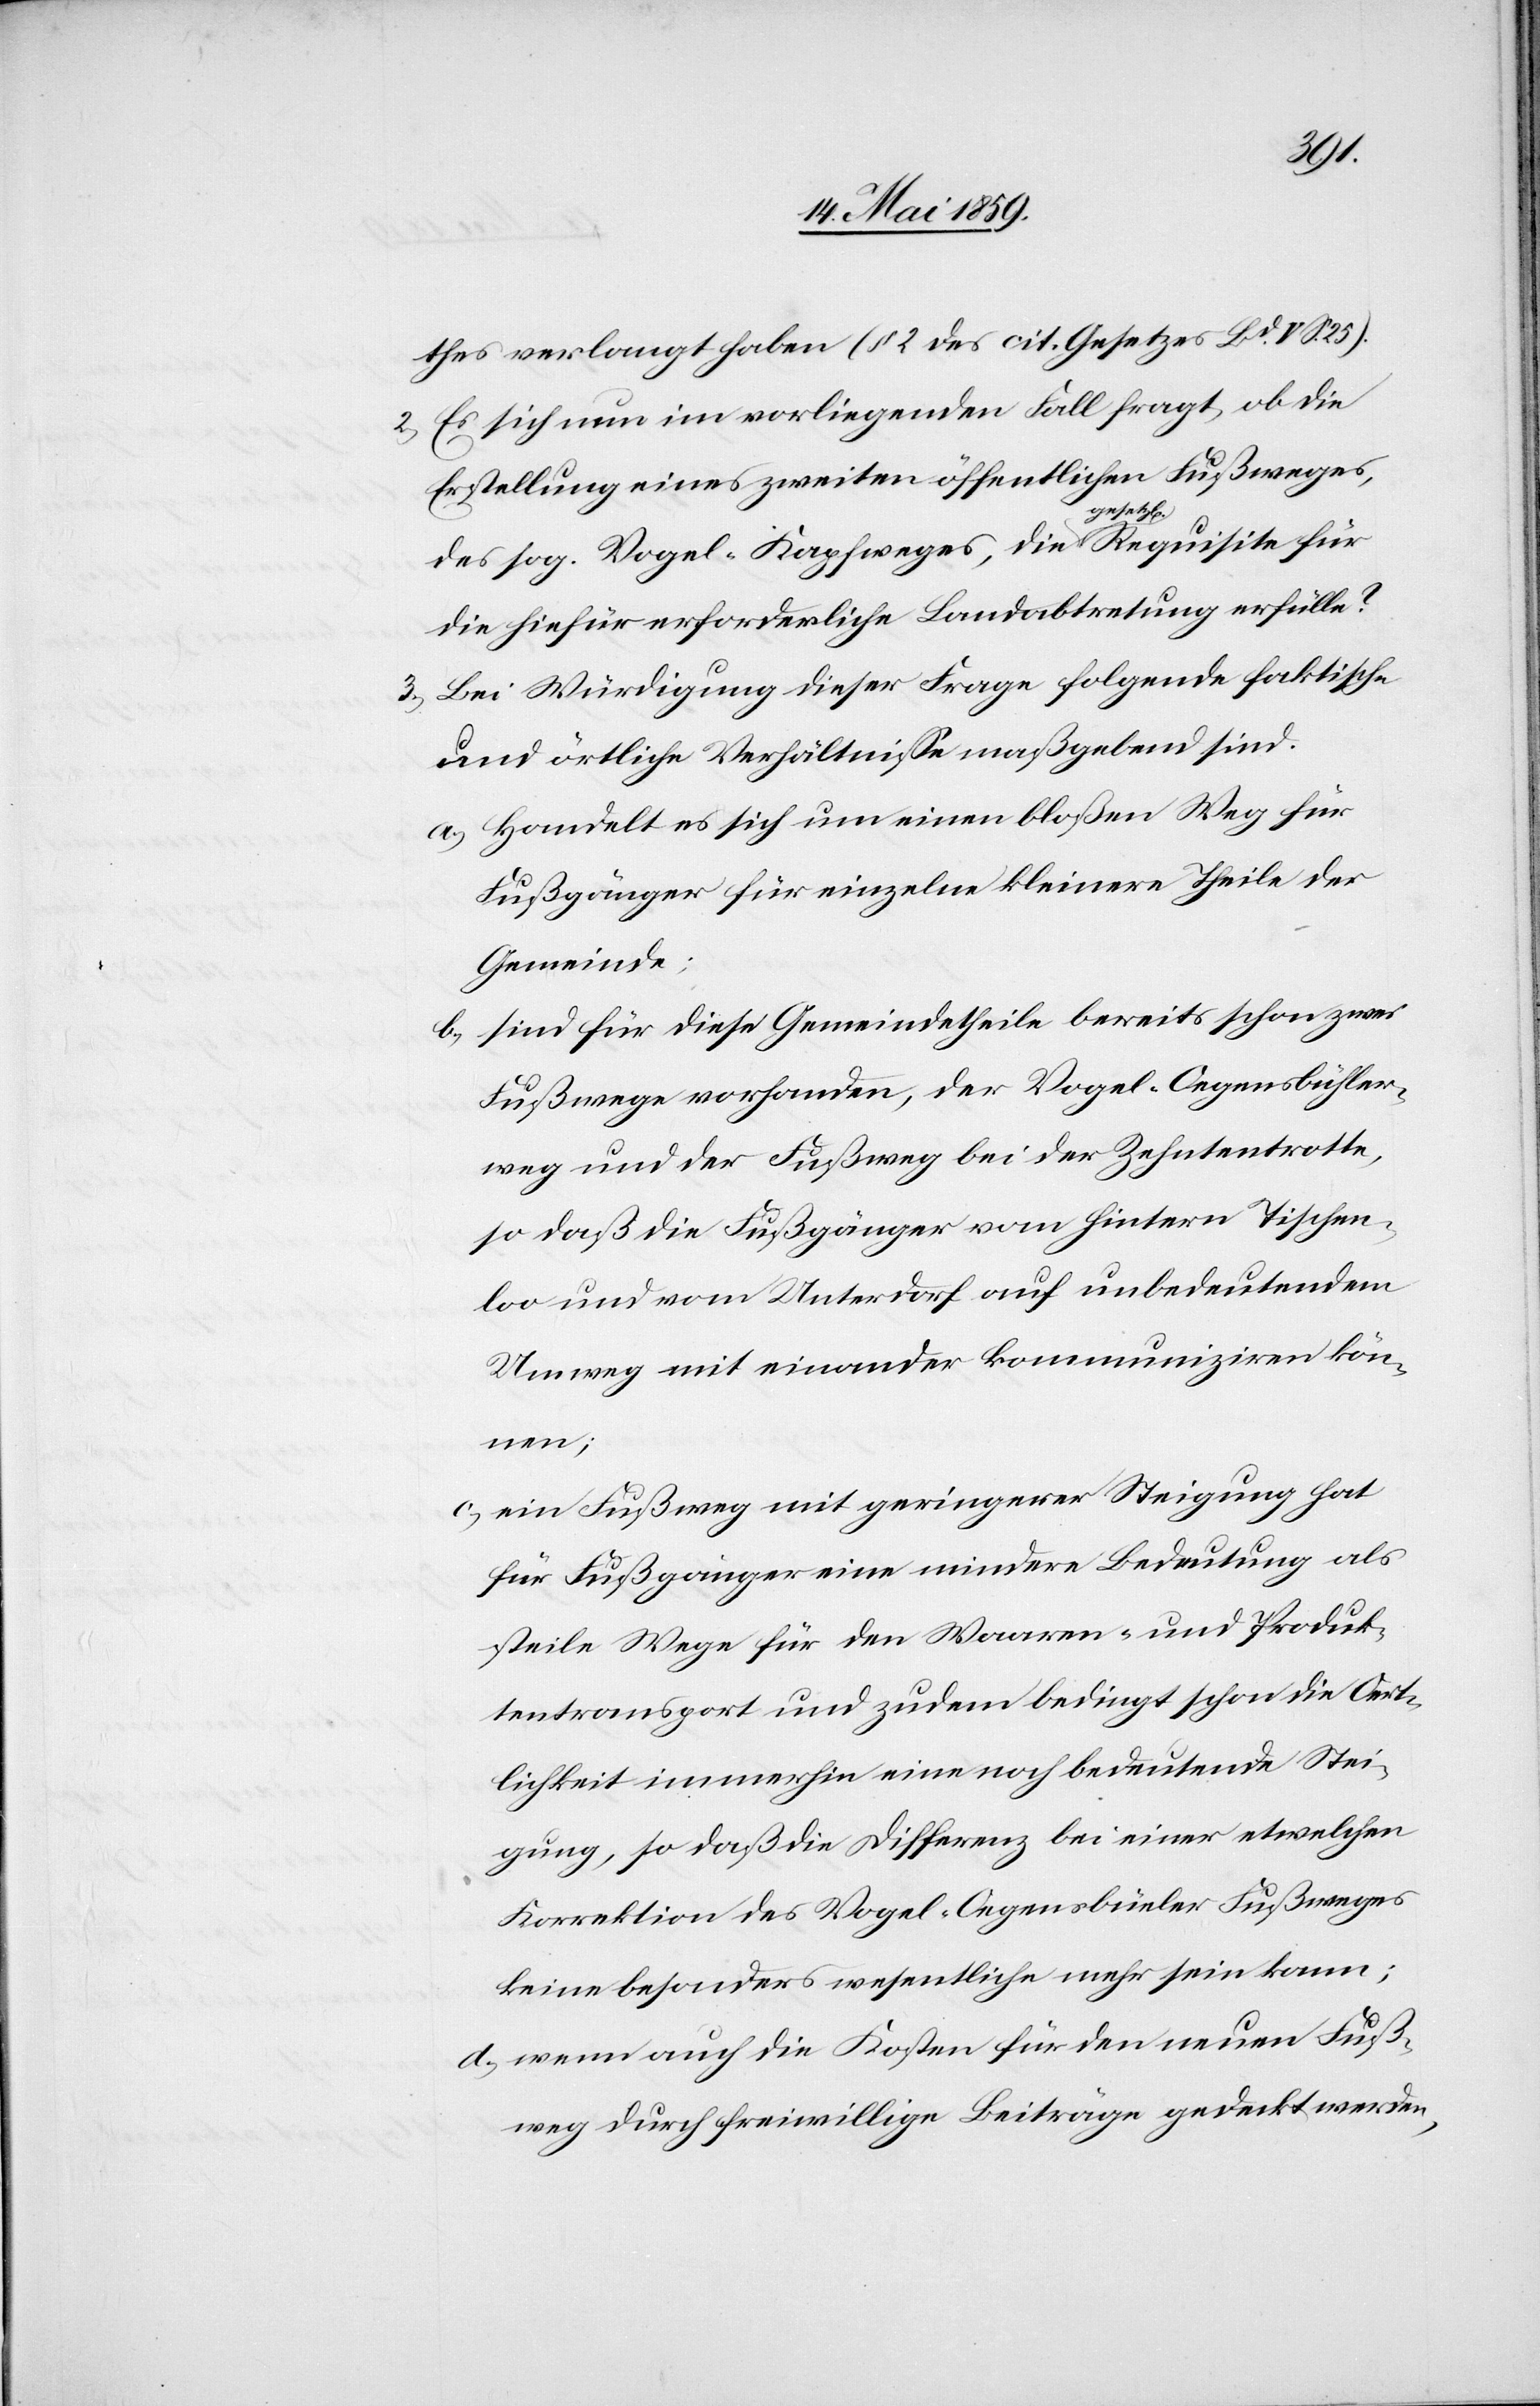
thes verlangt haben (§ 2 des cit. Gesetzes Bd. V.
Es sich nun im vorliegenden Fall fragt, ob die
Erstellung eines zweiten öffentlichen Fußweges,
des sog. Vogel-Kapfweges, die gesetzl[iche]
die hiefür erforderliche Landabtretung erfülle?
3) Bei Würdigung dieser Frage folgende faktische
und örtliche Verhältniße maßgebend sind.
a) Handelt es sich um einen bloßen Weg für
Fußgänger für einzelne kleinere Theile der
Gemeinde;
b) sind für diese Gemeindetheile bereits schon zwei
Fußwege vorhanden, der Vogel-Oegensbühler¬
weg und der Fußweg bei der Zehntentrotte,
so daß die Fußgänger vom hintern Tischen¬
loo und vom Unterdorf auf unbedeutendem
Umweg mit einander kommuniziren kön¬
nen;
c) ein Fußweg mit geringerer Steigung hat
für Fußgänger eine mindere Bedeutung als
steile Wege für den Waaren- und Produk¬
tentransport und zudem bedingt schon die Oert¬
lichkeit immerhin eine noch bedeutende Stei¬
gung, so daß die Differenz bei einer etwelchen
Korrektion des Vogel-Oegensbüeler Fußweges
keine besonders wesentliche mehr sein kann;
d) wenn auch die Kosten für den neuen Fuß¬
weg durch freiwillige Beiträge gedeckt werden,